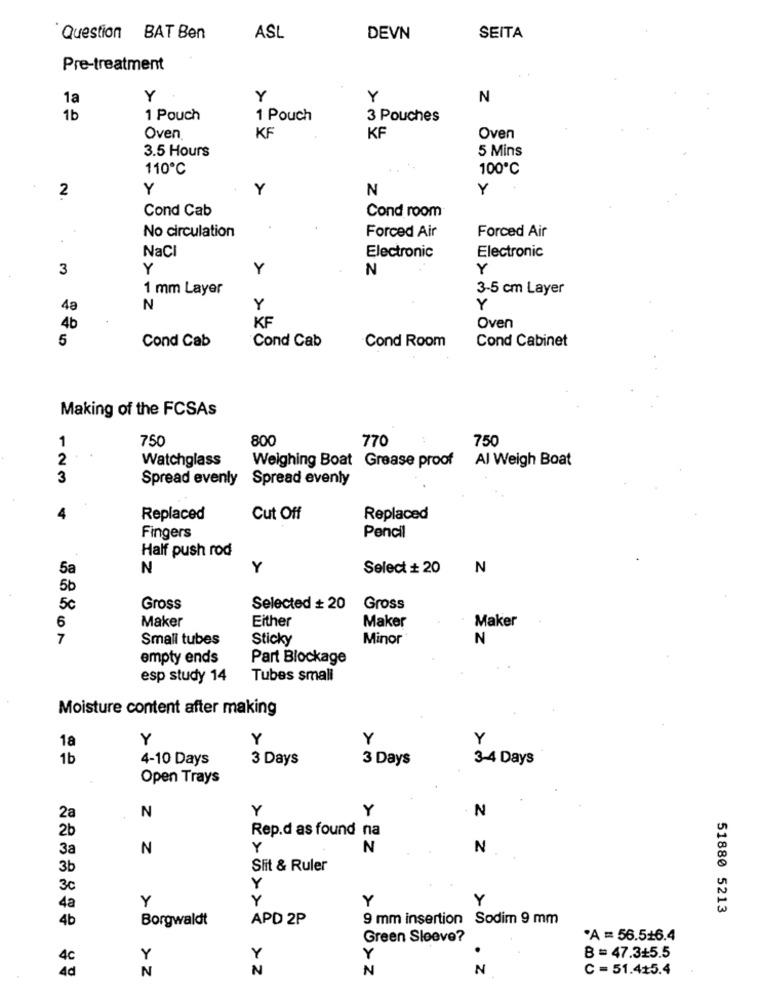
Question BAT Ben
ASL
DEVN
SEITA
Pre-treatment
1a
Y
Y
Y
N
1b
1 Pouch
1 Pouch
3 Pouches
Oven
KF
KF
Oven
3.5 Hours
5 Mins
110℃
100℃
2
Y
Y
N
Y
Cond Cab
Cond room
Forced Air
Forced Air
No circulation
NaCI
Electronic
Electronic
3
Y
Y
N
Y
1 mm Layer
3-5 cm Layer
48
N
Y
Y
KF
4b
Oven
5
Cond Cab
Cond Cab
Cond Room
Cond Cabinet
Making of the FCSAs
1
750
800
770
750
2
Watchglass
Weighing Boat Grease proof
Al Weigh Boat
3
Spread evenly
Spread evenly
Replaced
Cut Off
Replaced
Fingers
Pencil
Half push rod
5a
N
Y
Select + 20
N
5b
5€
Gross
Selected # 20
Gross
Maker
Either
Maker
Maker
6
7
Small tubes
Sticky
Minor
N
empty ends
Part Blockage
esp study 14
Tubes small
Moisture content after making
1a
Y
Y
Y
1b
4-10 Days
3 Days
3 Days
3-4 Days
Open Trays
Y
Y
N
2a
N
2b
Rep.d as found na
3a
N
Y
N
N
3b
Slit & Ruler
3c
Y
Y
Y
Y
Y
4a
51880 5213
4b
Borgwaldt
APD 2P
9 mm insertion Sodim 9 mm
Green Sleeve?
A = 56.516.4
4c
Y
Y
Y
B = 47.3+5.5
4d
N
N
. Z
C = 51.4+5.4
N